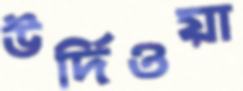
উর্দিওয়া